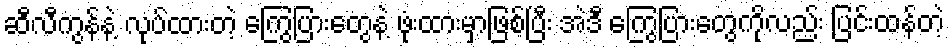
ဆီလီကွန်နဲ့ လုပ်ထားတဲ့ ကြွေပြားတွေနဲ့ ဖုံးထားမှာဖြစ်ပြီး အဲဒီ ကြွေပြားတွေကိုလည်း ပြင်းထန်တဲ့